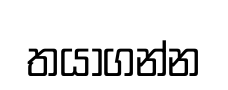
තයාගන්න